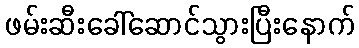
ဖမ်းဆီးခေါ်ဆောင်သွားပြီးနောက်